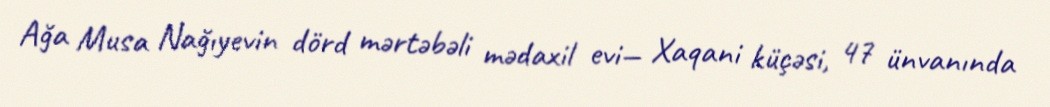
Ağa Musa Nağıyevin dörd mərtəbəli mədaxil evi— Xaqani küçəsi, 47 ünvanında